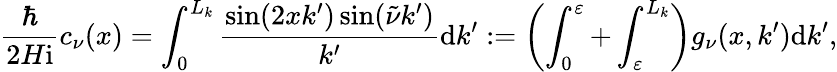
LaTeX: \frac{\hbar}{2H\mathrm{i}}c_{\nu}(x)=\int_{0}^{L_{k}}\frac{\sin(2xk^{\prime})\sin(\tilde{\nu}k^{\prime})}{k^{\prime}}\mathrm{d}k^{\prime}:=\left(\int_{0}^{\varepsilon}+\int_{\varepsilon}^{L_{k}}\right)g_{\nu}(x,k^{\prime})\mathrm{d}k^{\prime},